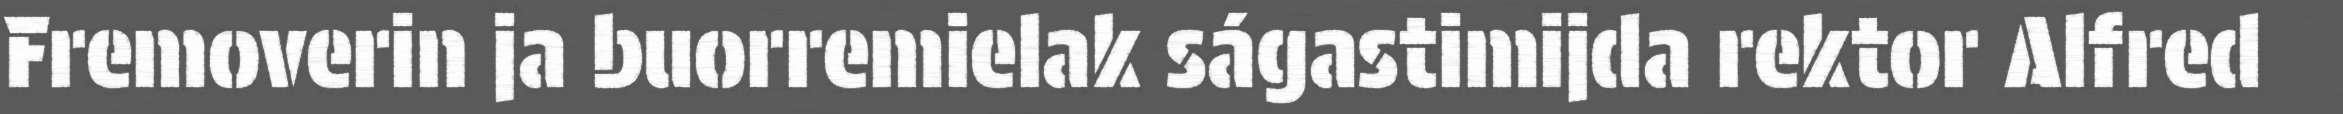
Fremoverin ja buorremielak ságastimijda rektor Alfred